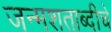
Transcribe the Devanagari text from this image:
जन्मशताब्दीचे